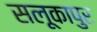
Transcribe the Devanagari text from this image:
सलूकापुर